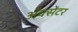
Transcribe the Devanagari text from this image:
ॲक्सेंटर